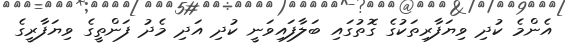
އެންމެ ކުދި ވިޔަފާރިތަކުގެ ގޮތުގައި ބަލާފައިވަނީ ކުދި އަދި މެދު ފަންތީގެ ވިޔަފާރީގެ